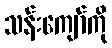
သန်းကျော်ကို